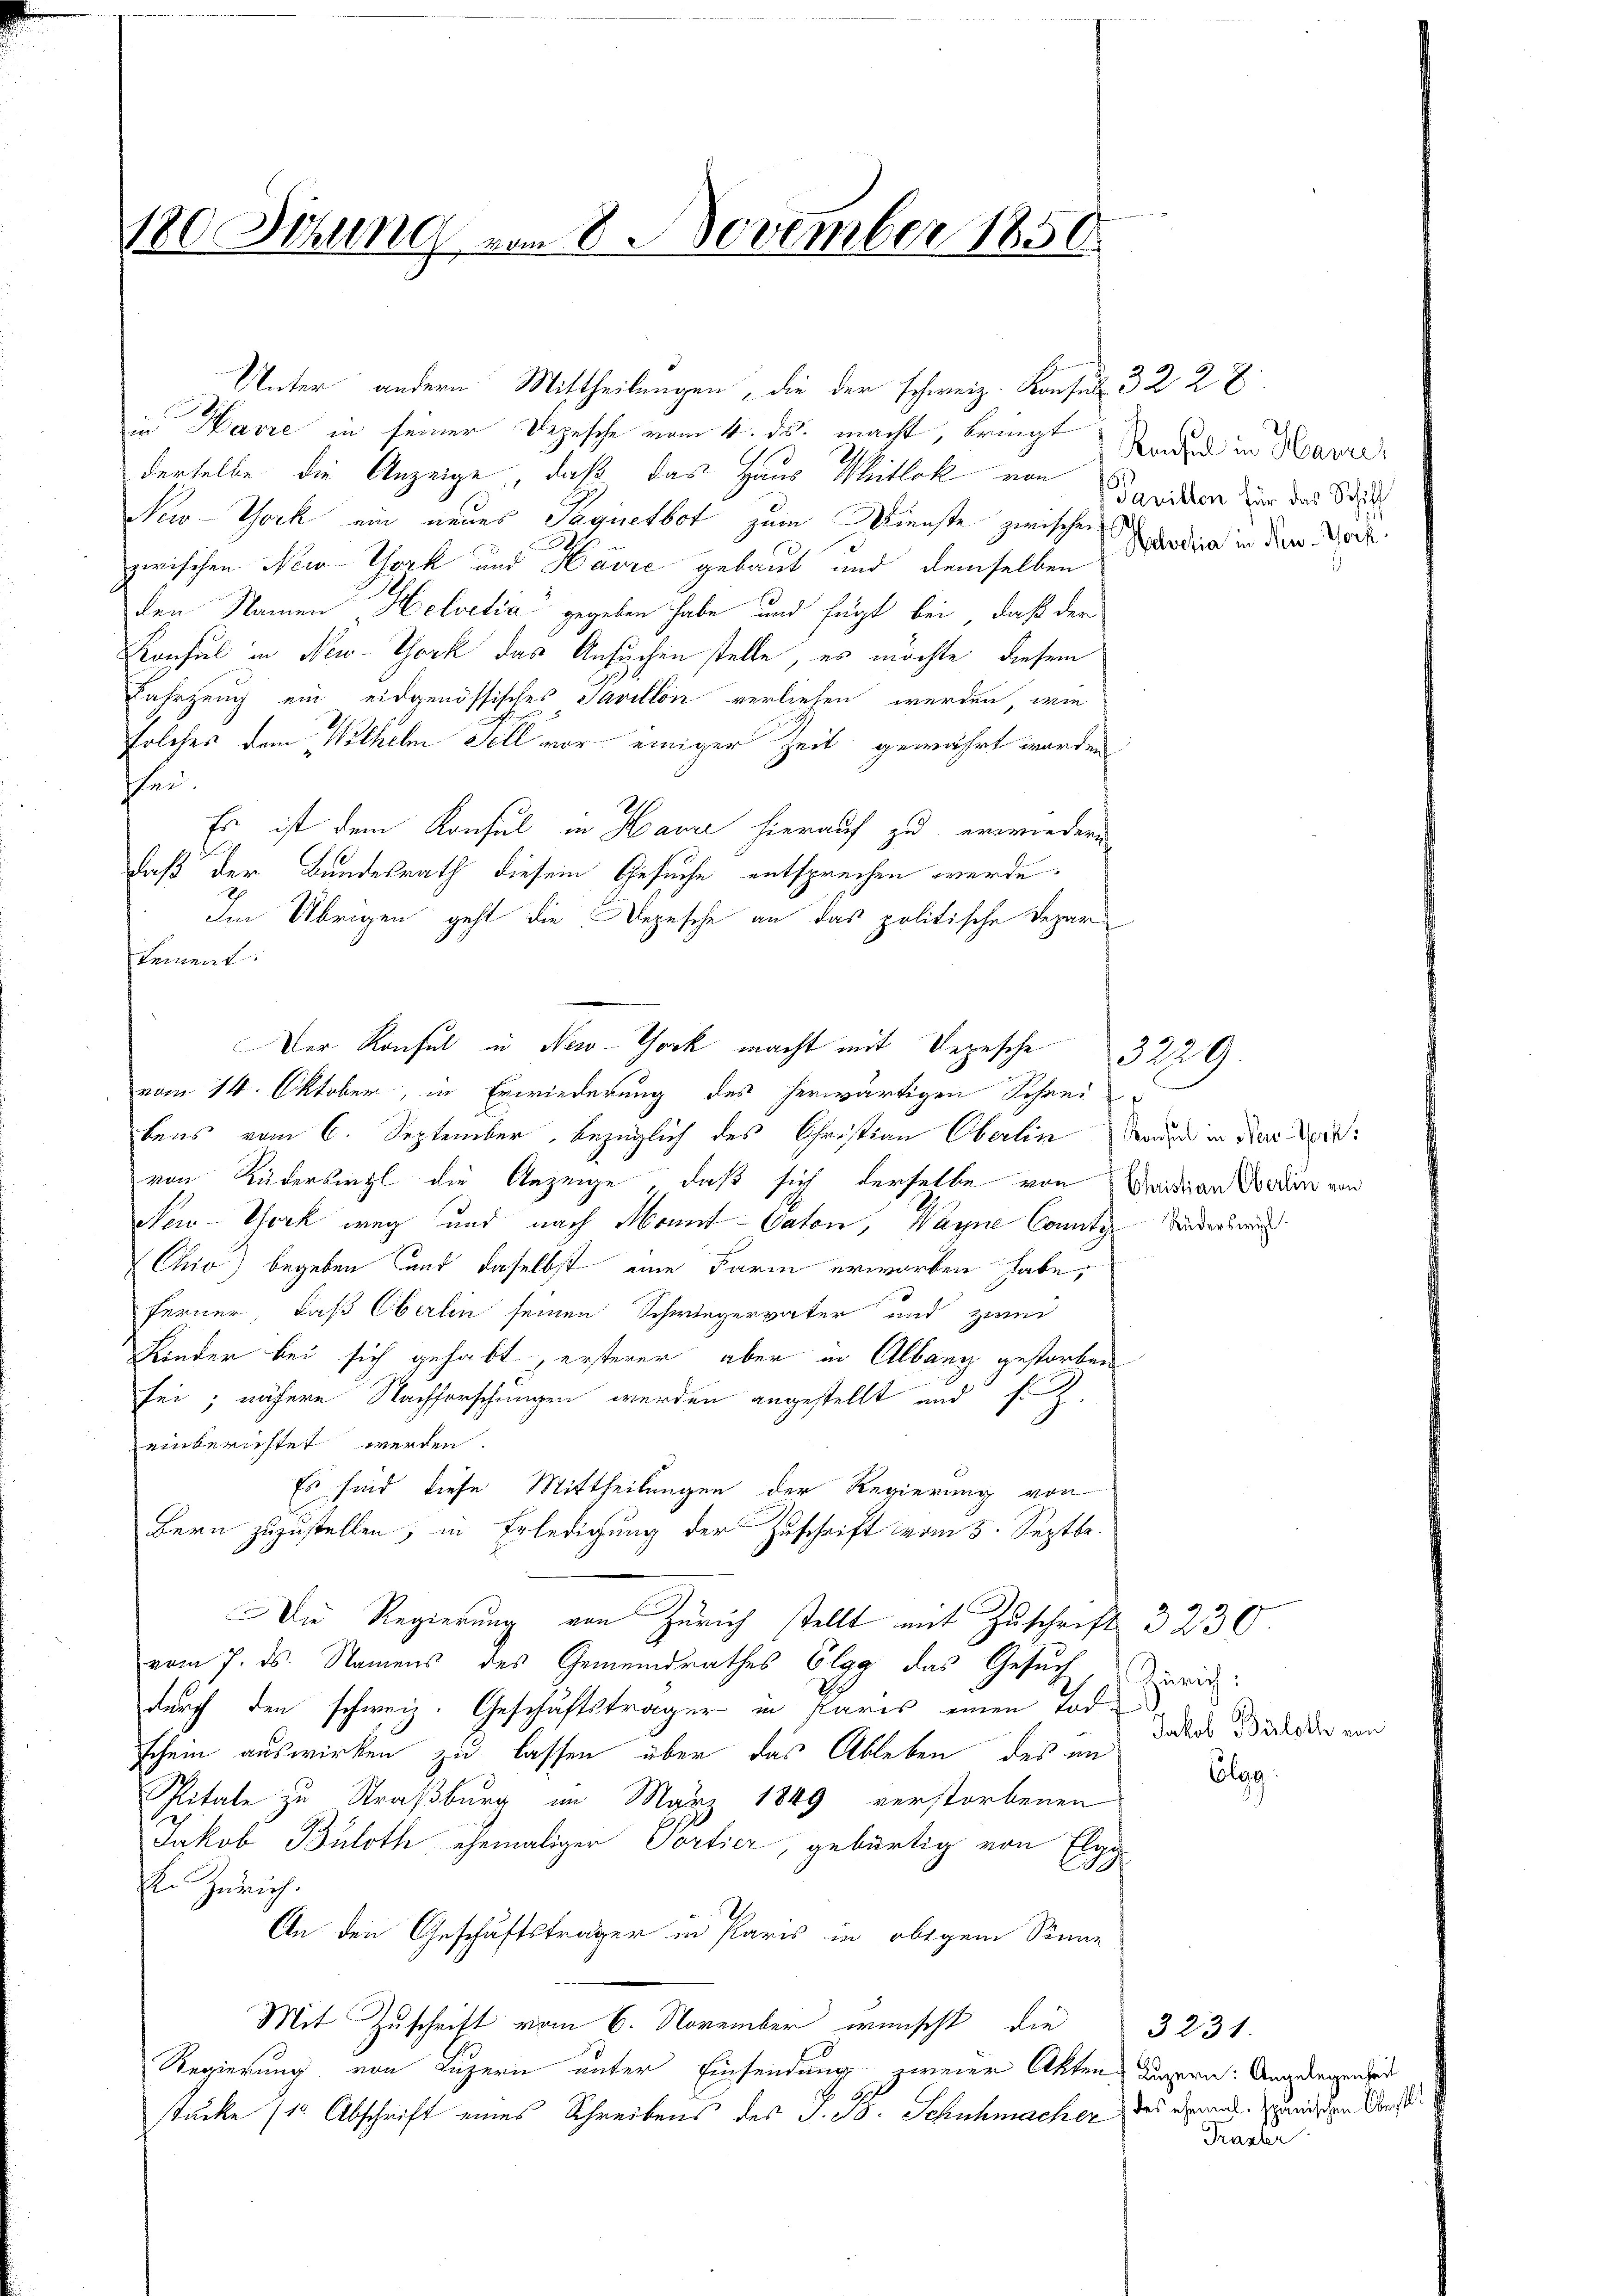
180 Sitzung vom 8. November 1850.

Unter andern Mittheilungen, die der schweiz. Konsul 322 E
in Havre in seiner Depesche vom 4. ds. macht, bringt
derselbe die Anzeige, daß das Haus Wütlok von
G
New-York ein neues Paquetbot zum Dienste zwischen
zwischen New-York und Havre gebaut und demselben
den Namen Helvetia" gegeben habe und fügt bei, daß der
Konsul in New-York das Ansuchen stelle, es möchte, diesem
Fahrzeug ein eidgenössisches Savillon verliefen werden, wie
solches dem Wilhelm Fell vor einiger Zeit gewährt worden
ffer
Es ist dem Konsul in Haure hierauf zu erwiedern
daß der Bundesrath diesem Gesuche entsprechen werde.
Im Übrigen geht die Depesche an das politische Departement.
Der Konsul in New-York macht mit Depesche
vom 14. Oktober, in Erwiederung des herwärtigen Schrei
bens vom 6. September, bezüglich des Christian Oberlin, dann in dem dortvon Ruderbirgl die Anzeige, daß sich derselbe von Meridian Boden von
New York weg und nach Monnt-Caton, Wagne Connte Kinderber
Chio) begeben und daselbst eine Farm erworben habe,
Ferner, daß Oberlin seinen Schwiegervater und zwei
Kinder bei sich gehabt, ersterer aber in Albang gestorben
sei; nähere Nachforschungen werden angestellt und s. Z.
einberichtet werden.
Es sind diese Mittheilungen der Regierung von
Bern zuzustellen, in Erledigung der Zuschrift vom 5. Septbr.
Die Regierung von Zürich stellt mit Zuschrift 3230
vom 7. ds. Namens des Gemeindrathes Elgg das Gesuch
durch den schweiz. Geschäftsträger in Paris einen Tod.
schein auswirken zu lassen über das Ableben des an
Spitale zu Straßburg im März 1849 verstorbenen
Jakob Büloth, ehemaliger Portier, gebürtig von Elgg
k. Zürich.
An den Geschäftsträger in Paris in obigem Sinne
Mit Zuschrift vom 6. November wünscht, die
Regierung von Luzern unter Einsendung zweier Akten Lagern: Angelegenser
stücke (1 Abschrift eines Schreibens des J. B. Schuhmacher

Ronsul in Havre,
avillon für das Schiff
Helvetia in New-York,

3229

Zürich:
Jakob Büloth ein
Elgg.

3231.
des ehemal. spanischen Oberst
Frauer